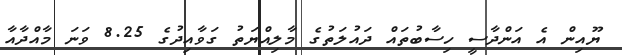
ޔޫއިން އެ އަންދާސީ ހިސާބުތައް ދައުލަތުގެ މާލިއްޔަތު ގަވާއިދުގެ 8.25 ވަނަ މާއްދާއާ